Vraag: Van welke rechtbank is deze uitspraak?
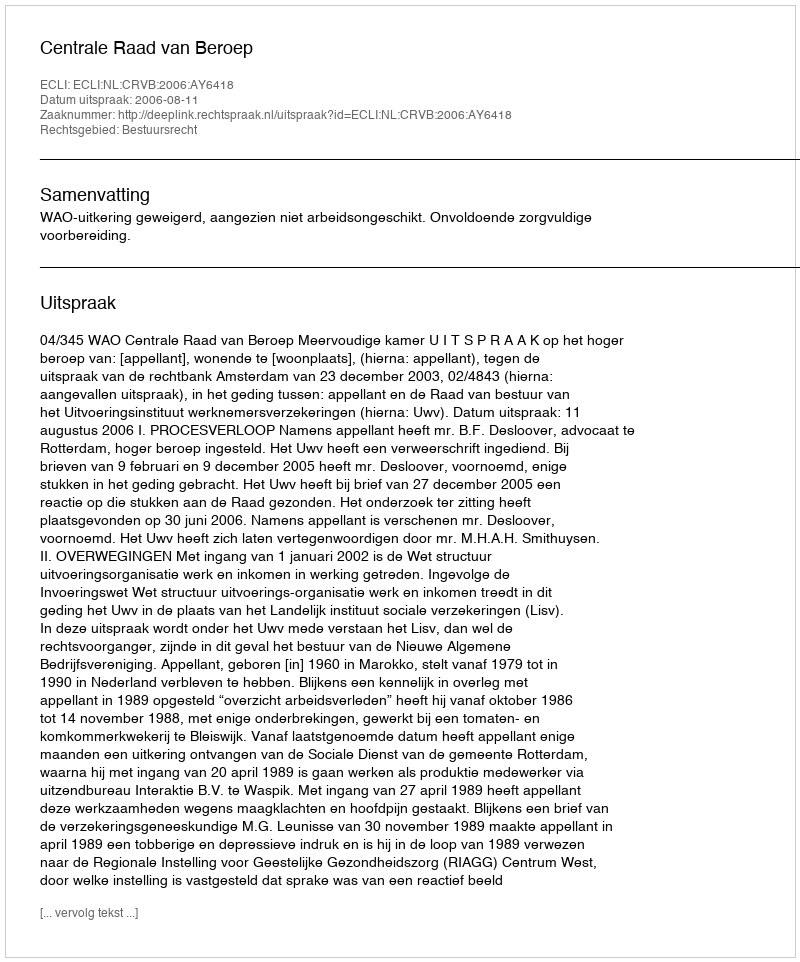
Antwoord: Centrale Raad van Beroep